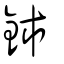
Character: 鈰